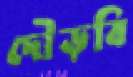
দৌড়বি